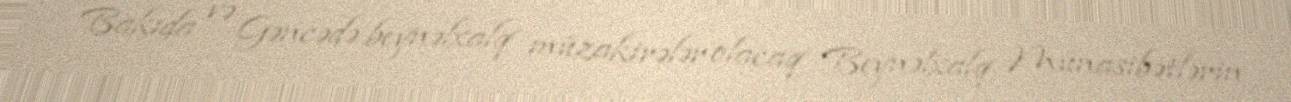
Bakıda və Gəncədə beynəlxalq müzakirələr olacaq Beynəlxalq Münasibətlərin